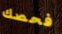
فحصك